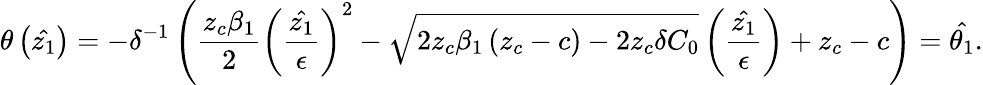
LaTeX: \theta\left(\hat{z_{1}}\right)=-\delta^{-1}\left(\frac{z_{c}\beta_{1}}{2}\left(\frac{\hat{z_{1}}}{\epsilon}\right)^{2}-\sqrt{2z_{c}\beta_{1}\left(z_{c}-c\right)-2z_{c}\delta C_{0}}\left(\frac{\hat{z_{1}}}{\epsilon}\right)+z_{c}-c\right)=\hat{\theta_{1}}.